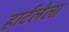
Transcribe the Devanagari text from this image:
हार्टलेला